Lunatic asylums Central Provinces reports 1886-1894 - 1886-1894
Year: 1886
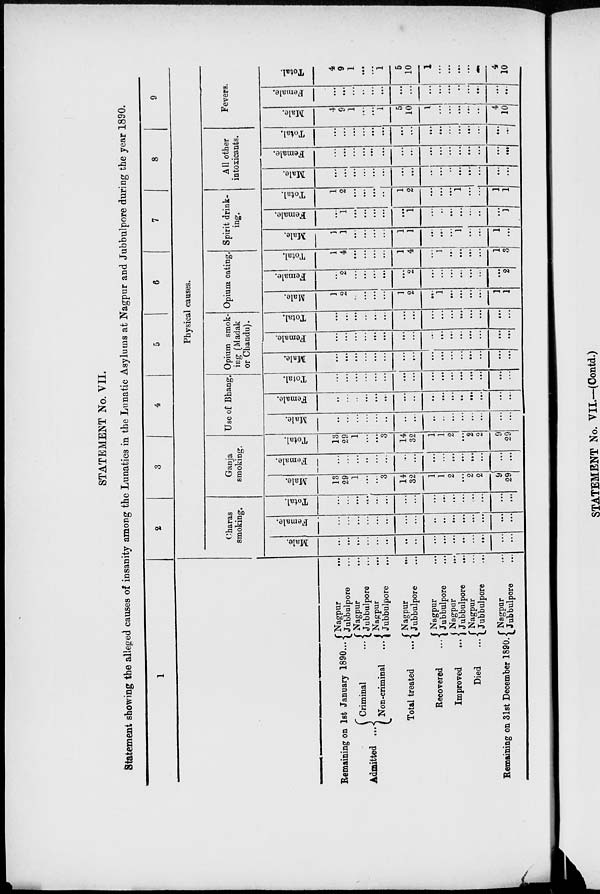
STATEMENT No. VII.
Statement showing the alleged causes of insanity among the Lunatics in the Lunatic Asylums at Nagpur and Jubbulpore during the year 1890.
1
Remaining on 1st January 1890 ...
Admitted ...
Criminal ...
Non-criminal ...
Total treated ...
Recovered ...
Improved
...
Died ...
Remaining on 31st December 1890.
Nagpur
...
Jubbulpore
...
Nagpur
...
Jubbulpore
...
Nagpur
...
Jubbulpore
...
Nagpur
...
Jubbulpore
...
Nagpur
...
Jubbulpore
...
Nagpur
...
Jubbulpore
...
Nagpur
...
Jubbulpore
...
Nagpur
...
Jubbulpore
...
2
3
4
5
6
7
8
9
Physical causes.
Charas
smoking.
Male.
...
...
...
...
...
...
...
...
...
...
...
...
...
...
...
...
Female.
...
...
...
...
...
...
...
...
...
...
...
...
...
...
...
...
Total.
...
...
...
...
...
...
...
...
...
...
...
...
...
...
...
...
Ganja
smoking.
Male.
13
29
1
...
...
3
14
32
1
1
2
...
2
2
9
29
Female.
...
...
...
...
...
...
...
...
...
...
...
...
...
...
...
...
Total.
13
29
1
...
...
3
14
32
1
1
2
...
2
2
9
29
Use of Bhang.
Male.
...
...
...
...
...
...
...
...
...
...
...
...
...
...
...
...
Female.
...
...
...
...
...
...
...
...
...
...
...
...
...
...
...
...
Total.
...
...
...
...
...
...
...
...
...
...
...
...
...
...
...
...
Opium smok-
ing (Madak
or Chandu).
Male.
...
...
...
...
...
...
...
...
...
...
...
...
...
...
...
...
Female.
...
...
...
...
...
...
...
...
...
...
...
...
...
...
...
...
Total.
...
...
...
...
...
...
...
...
...
...
...
...
...
...
...
...
Opium eating.
Male.
1
2
...
...
...
...
1
2
...
1
...
...
...
...
1
1
Female.
...
2
...
...
...
...
...
2
...
...
...
...
...
...
...
2
Total.
1
4
...
...
...
...
1
4
...
1
...
...
...
...
1
3
Spirit drink-
ing.
Male.
1
1
...
...
...
...
1
1
...
...
...
1
...
...
1
...
Female.
...
1
...
...
...
...
...
1
...
...
...
...
...
...
...
1
Total.
1
2
...
...
...
...
1
2
...
...
...
1
...
...
1
1
All other
intoxicants.
Male.
...
...
...
...
...
...
...
...
...
...
...
...
...
...
...
...
Female.
...
...
...
...
...
...
...
...
...
...
...
...
...
...
...
...
Total.
...
...
...
...
...
...
...
...
...
...
...
...
...
...
...
...
Fevers.
Male.
4
9
1
...
...
1
5
10
1
...
...
...
...
...
4
10
Female.
...
...
...
...
...
...
...
...
...
...
...
...
...
...
...
...
Total.
4
9
1
...
...
1
5
10
1
...
...
...
...
...
4
10